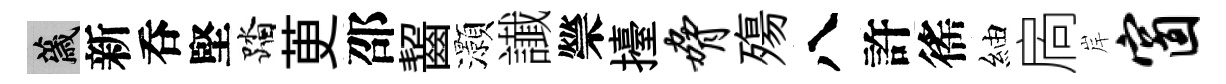
薉新呑堅踏茰邵齧灝䜟禜擡胁殤八許徭紬扄岸窗